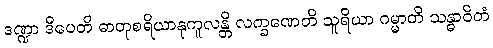
ဒဏ္ဍာ ဒီပေတိ ဓာတုစရိယာနုကူလန္တိ လက္ခဏေတိ သူရိယာ ဂမ္မာတိ သန္ဓာဝိတံ